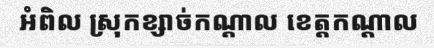
អំពិល ស្រុកខ្សាច់កណ្តាល ខេត្តកណ្តាល